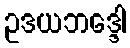
ဥဒယဘဒ္ဒေါ